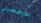
شخصيتي